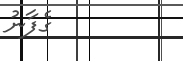
ގެފާނު